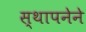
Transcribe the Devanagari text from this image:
स्‍थापनेने